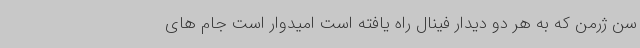
سن ژرمن که به هر دو دیدار فینال راه یافته است امیدوار است جام های